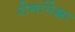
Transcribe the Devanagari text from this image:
रोगांपेक्षा